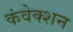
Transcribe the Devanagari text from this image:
कंवेक्शन